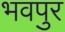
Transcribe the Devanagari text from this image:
भवपुर